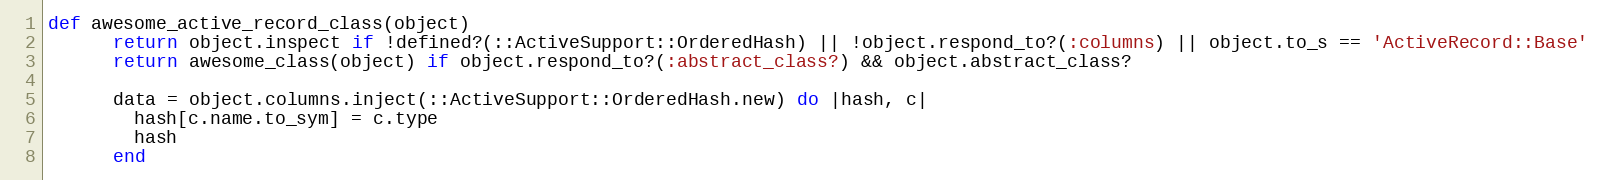
Language: Ruby
def awesome_active_record_class(object)
      return object.inspect if !defined?(::ActiveSupport::OrderedHash) || !object.respond_to?(:columns) || object.to_s == 'ActiveRecord::Base'
      return awesome_class(object) if object.respond_to?(:abstract_class?) && object.abstract_class?

      data = object.columns.inject(::ActiveSupport::OrderedHash.new) do |hash, c|
        hash[c.name.to_sym] = c.type
        hash
      end